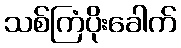
သစ်ကြံပိုးခေါက်